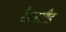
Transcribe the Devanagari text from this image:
रैडनसीड